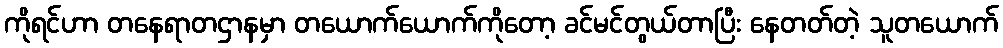
ကိုရင်ဟာ တနေရာတဌာနမှာ တယောက်ယောက်ကိုတော့ ခင်မင်တွယ်တာပြီး နေတတ်တဲ့ သူတယောက်